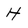
Character: H